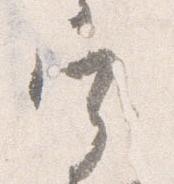
宰